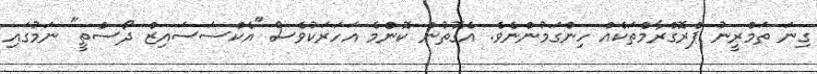
ގިނަ ތަމްރީނު ޕްރޮގްރާމްތަކެއް ހިންގަމުންނެވެ. އެގޮތުން ކޮންމެ އަހަރަކުވެސް ''އެކްސަސައިޒް ދޯސްތީ" ނަމުގައި